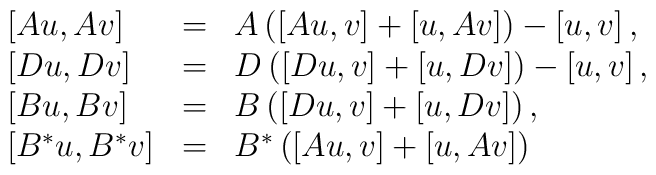
\begin{array}[t]{lll}\left[ Au,Av\right]  & = & A\left( \left[ Au,v\right] +\left[ u,Av\right]\right) -\left[ u,v\right] , \\\left[ Du,Dv\right]  & = & D\left( \left[ Du,v\right] +\left[ u,Dv\right]\right) -\left[ u,v\right] , \\\left[ Bu,Bv\right]  & = & B\left( \left[ Du,v\right] +\left[ u,Dv\right]\right) , \\\left[ B^{*}u,B^{*}v\right]  & = & B^{*}\left( \left[ Au,v\right] +\left[u,Av\right] \right)\end{array}